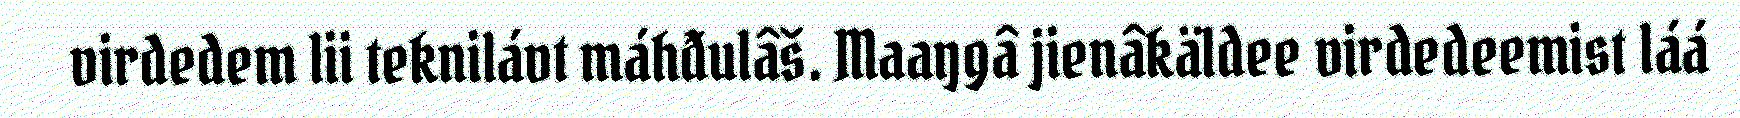
virdedem lii teknilávt máhđulâš. Maaŋgâ jienâkäldee virdedeemist láá